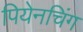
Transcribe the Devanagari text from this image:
पियेनचिंग